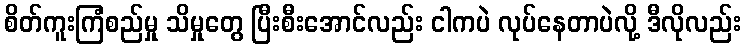
စိတ်ကူးကြံစည်မှု သိမှုတွေ ပြီးစီးအောင်လည်း ငါကပဲ လုပ်နေတာပဲလို့ ဒီလိုလည်း